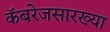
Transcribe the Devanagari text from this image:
कॅबरेजसारख्या